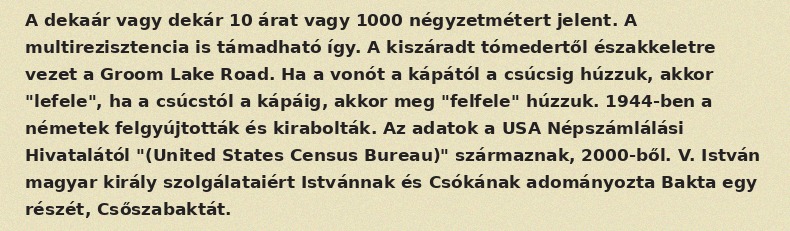
A dekaár vagy dekár 10 árat vagy 1000 négyzetmétert jelent. A multirezisztencia is támadható így. A kiszáradt tómedertől északkeletre vezet a Groom Lake Road. Ha a vonót a kápától a csúcsig húzzuk, akkor "lefele", ha a csúcstól a kápáig, akkor meg "felfele" húzzuk. 1944-ben a németek felgyújtották és kirabolták. Az adatok a USA Népszámlálási Hivatalától "(United States Census Bureau)" származnak, 2000-ből. V. István magyar király szolgálataiért Istvánnak és Csókának adományozta Bakta egy részét, Csőszabaktát.